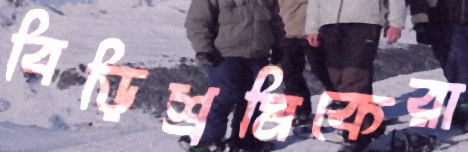
বিড়িশ্রমিকেরা